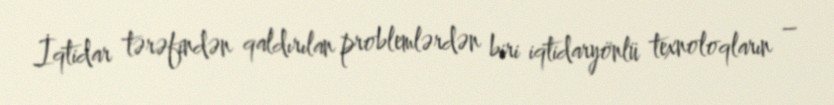
İqtidar tərəfindən qaldırılan problemlərdən biri iqtidaryönlü texnoloqların –